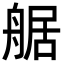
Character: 艍